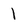
Character: 1